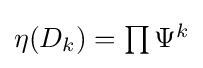
{\textstyle \eta (D_{k})=\prod \Psi ^{k}}